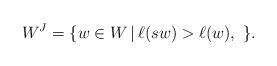
\begin{align*}W^J=\{w\in W\,|\,\ell(sw)>\ell(w),\ \}.\end{align*}